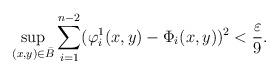
LaTeX: \begin{align*} \sup_{(x,y)\in\bar B} \sum_{i=1}^{n-2} (\varphi_i^1(x,y) - \Phi_i(x,y))^2 < \frac{\varepsilon}{9}.\end{align*}